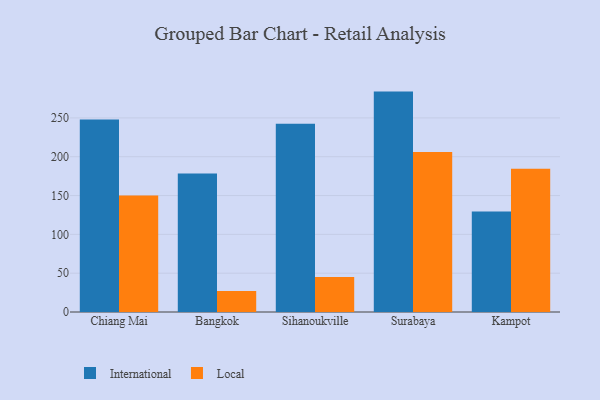
{"axis": {"x": "City", "y": "Population (Million)"}, "legend": ["International", "Local"], "data": [{"x": "Chiang Mai", "y": 247.9, "type": "International"}, {"x": "Chiang Mai", "y": 150.2, "type": "Local"}, {"x": "Bangkok", "y": 178.3, "type": "International"}, {"x": "Bangkok", "y": 27.2, "type": "Local"}, {"x": "Sihanoukville", "y": 242.5, "type": "International"}, {"x": "Sihanoukville", "y": 45.0, "type": "Local"}, {"x": "Surabaya", "y": 283.9, "type": "International"}, {"x": "Surabaya", "y": 206.2, "type": "Local"}, {"x": "Kampot", "y": 129.4, "type": "International"}, {"x": "Kampot", "y": 184.5, "type": "Local"}]}